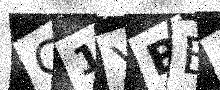
Text: C1YBBU